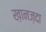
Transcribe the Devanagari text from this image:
ख़ानज़दा